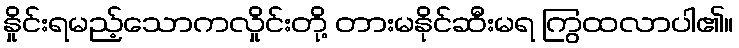
နှိုင်းရမည့်သောကလှိုင်းတို့ တားမနိုင်ဆီးမရ ကြွထလာပါ၏။